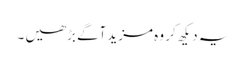
یہ دیکھ کر وہ مزید آگے بڑھیں ۔